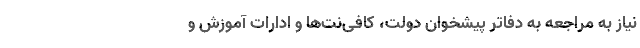
نیاز به مراجعه به دفاتر پیشخوان دولت، کافی‌نت‌ها و ادارات آموزش و